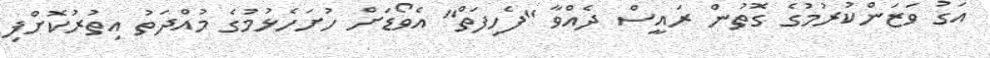
އަގު ވަޒަންކުރުމުގެ ގޮތުން ރައީސް ދެއްވާ "ފެހިފަތް" އެވޯޑަށް ހުށަހެޅުމުގެ މުއްދަތު އިތުރުކޮށްފި